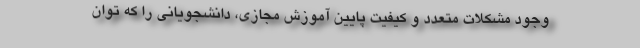
وجود مشکلات متعدد و کیفیت پایین آموزش مجازی، دانشجویانی را که توان